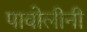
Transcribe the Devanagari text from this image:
पावोलीनी